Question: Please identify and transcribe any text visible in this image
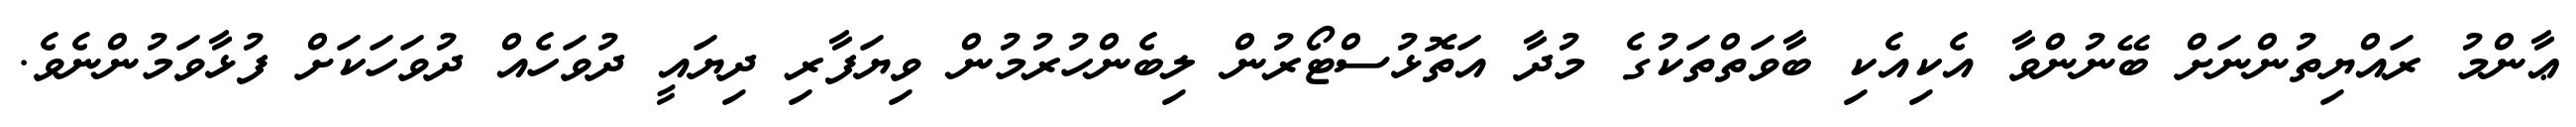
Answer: ޢާންމު ރައްޔިތުންނަށް ބޭނުންވާ އެކިއެކި ބާވަތްތަކުގެ މުދާ އަތޮޅުސްޓޯރުން ލިބެންހުރުމުން ވިޔަފާރި ދިޔައީ ދުވަހެއް ދުވަހަކަށް ފުޅާވަމުންނެވެ.